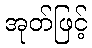
အုတ်ဖြင့်